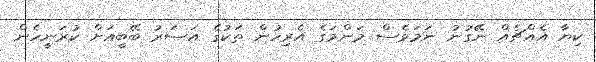
ކިޔާ އެއްޗެއް ނޭގުނު ނަމަވެސް މަންމަގެ އެރިހުން ތަކުގެ އަސަރު ބޭބީއަށް ކުރަނީހެން